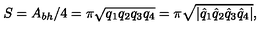
S = A _ { b h } / 4 = \pi \sqrt { q _ { 1 } q _ { 2 } q _ { 3 } q _ { 4 } } = \pi \sqrt { | \hat { q } _ { 1 } \hat { q } _ { 2 } \hat { q } _ { 3 } \hat { q } _ { 4 } | } ,